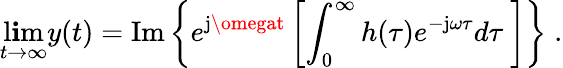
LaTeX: \operatorname*{l\mathbf{i}m}_{t\to\infty}y(t)=\mathrm{{Im}}\left\{ e^{\mathrm{{j}}\omegat}\left[\int_{0}^{\infty}h(\tau)e^{-\mathrm{{j}}\omega\tau}d\tau\ \right]\right\} \; .